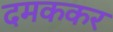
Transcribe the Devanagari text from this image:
दमककर